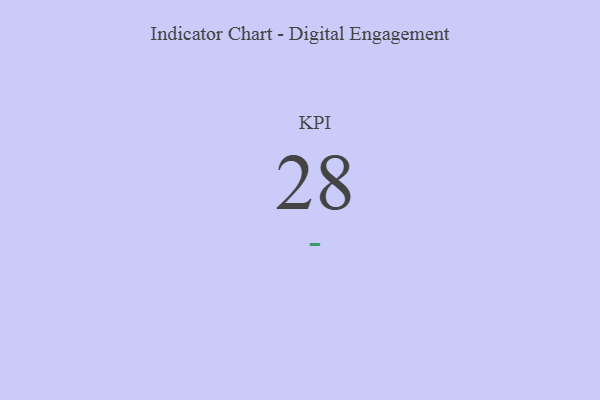
{"axis": {"x": "KPI", "y": "Value"}, "legend": [""], "data": [{"x": "KPI", "y": 28, "type": ""}]}